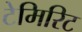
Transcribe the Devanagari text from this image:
टेमिरिट